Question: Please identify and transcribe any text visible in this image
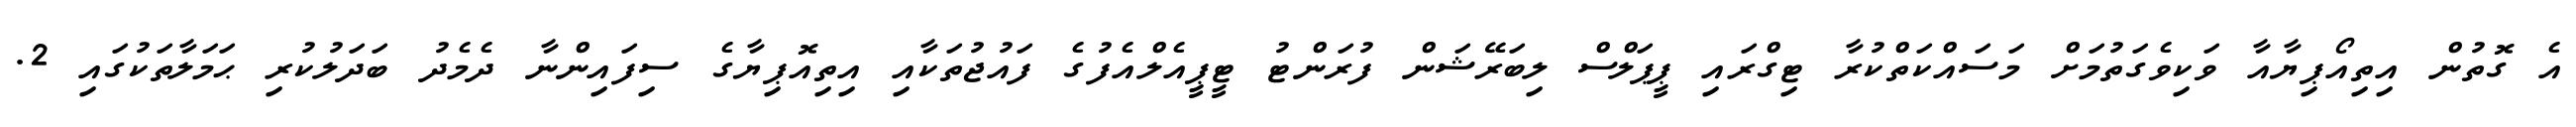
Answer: އެ ގޮތުން އިތިއޯޕިޔާއާ ވަކިވެގަތުމަށް މަސައްކަތްކުރާ ޓިގްރައި ޕީޕަލްސް ލިބަރޭޝަން ފުރަންޓު ޓީޕީއެލްއެފުގެ ފައުޖުތަކާއި އިތިއޮޕިޔާގެ ސިފައިންނާ ދެމެދު ބަދަލުކުރި ޙަމަލާތަކުގައި 2.